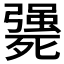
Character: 𣩴